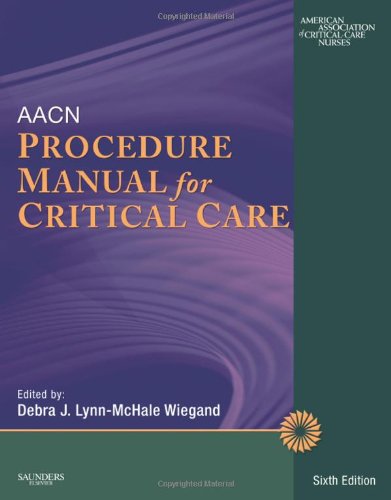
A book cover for AACN Procedure Manual for Critical Care, 6e; AACN; Medical Books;